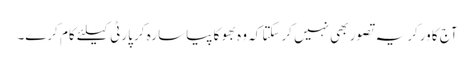
آج کا ورکر یہ تصور بھی نہیں کرسکتا کہ وہ بھوکا پیاسا رہ کر پارٹی کیلئے کام کرے۔